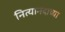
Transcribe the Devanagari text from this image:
नित्यानंदाच्या